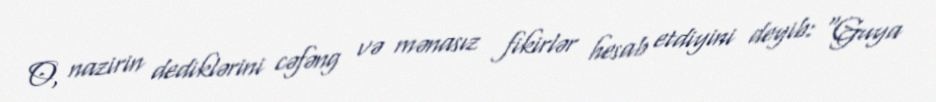
O, nazirin dediklərini cəfəng və mənasız fikirlər hesab etdiyini deyib: “Guya